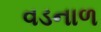
વડનાળ